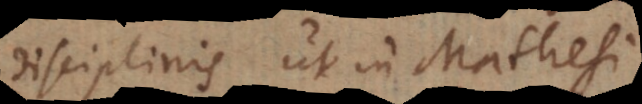
disciplinis ut in Mathesi.